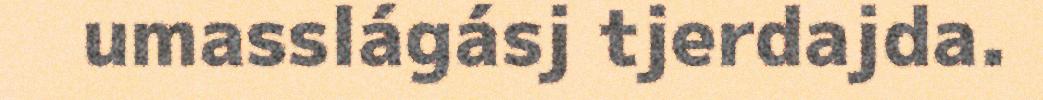
umasslágásj tjerdajda.